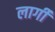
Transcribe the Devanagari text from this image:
लार्गी